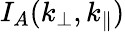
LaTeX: I_{A}(k_{\perp},k_{\parallel})